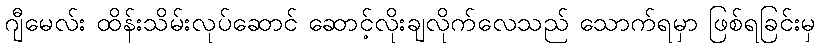
ဂျီမေလ်း ထိန်းသိမ်းလုပ်ဆောင် ဆောင့်လိုးချလိုက်လေသည် သောက်ရမှာ ဖြစ်ရခြင်းမှ